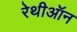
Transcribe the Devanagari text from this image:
रेथीऑन